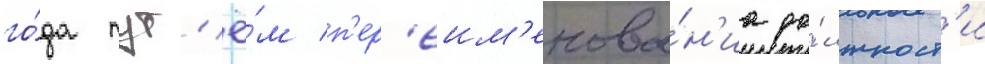
го́да пут'ё́м п'ер'еим'енова́н'иа до́лжност'и